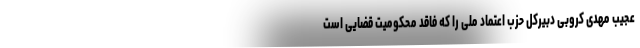
عجیب مهدی کروبی دبیرکل حزب اعتماد ملی را که فاقد محکومیت قضایی است